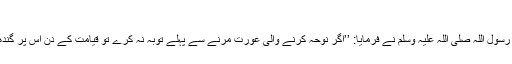
مسلم: الایمان، باب: تحریم ضرب الخدود 103)
ابو مالک اشعری رضی اللہ عنہ روایت کرتے ہیں رسول اللہ صلی اللہ علیہ وسلم نے فرمایا: ’’اگر نوحہ کرنے والی عورت مرنے سے پہلے توبہ نہ کرے تو قیامت کے دن اس پر گندھک کا کرتا اور خارش کی اوڑھنی ہو گی‘‘ (مسلم۔